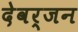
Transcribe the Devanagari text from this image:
देवर्जन